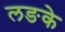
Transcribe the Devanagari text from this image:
लङके